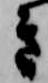
き